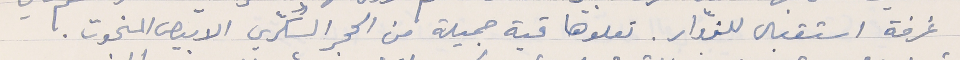
غرفة استقبال للزوّار. تعلوها قبة جميلة من الحجر السكّري الابيص المنحوت.